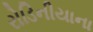
રોડિનીયાના